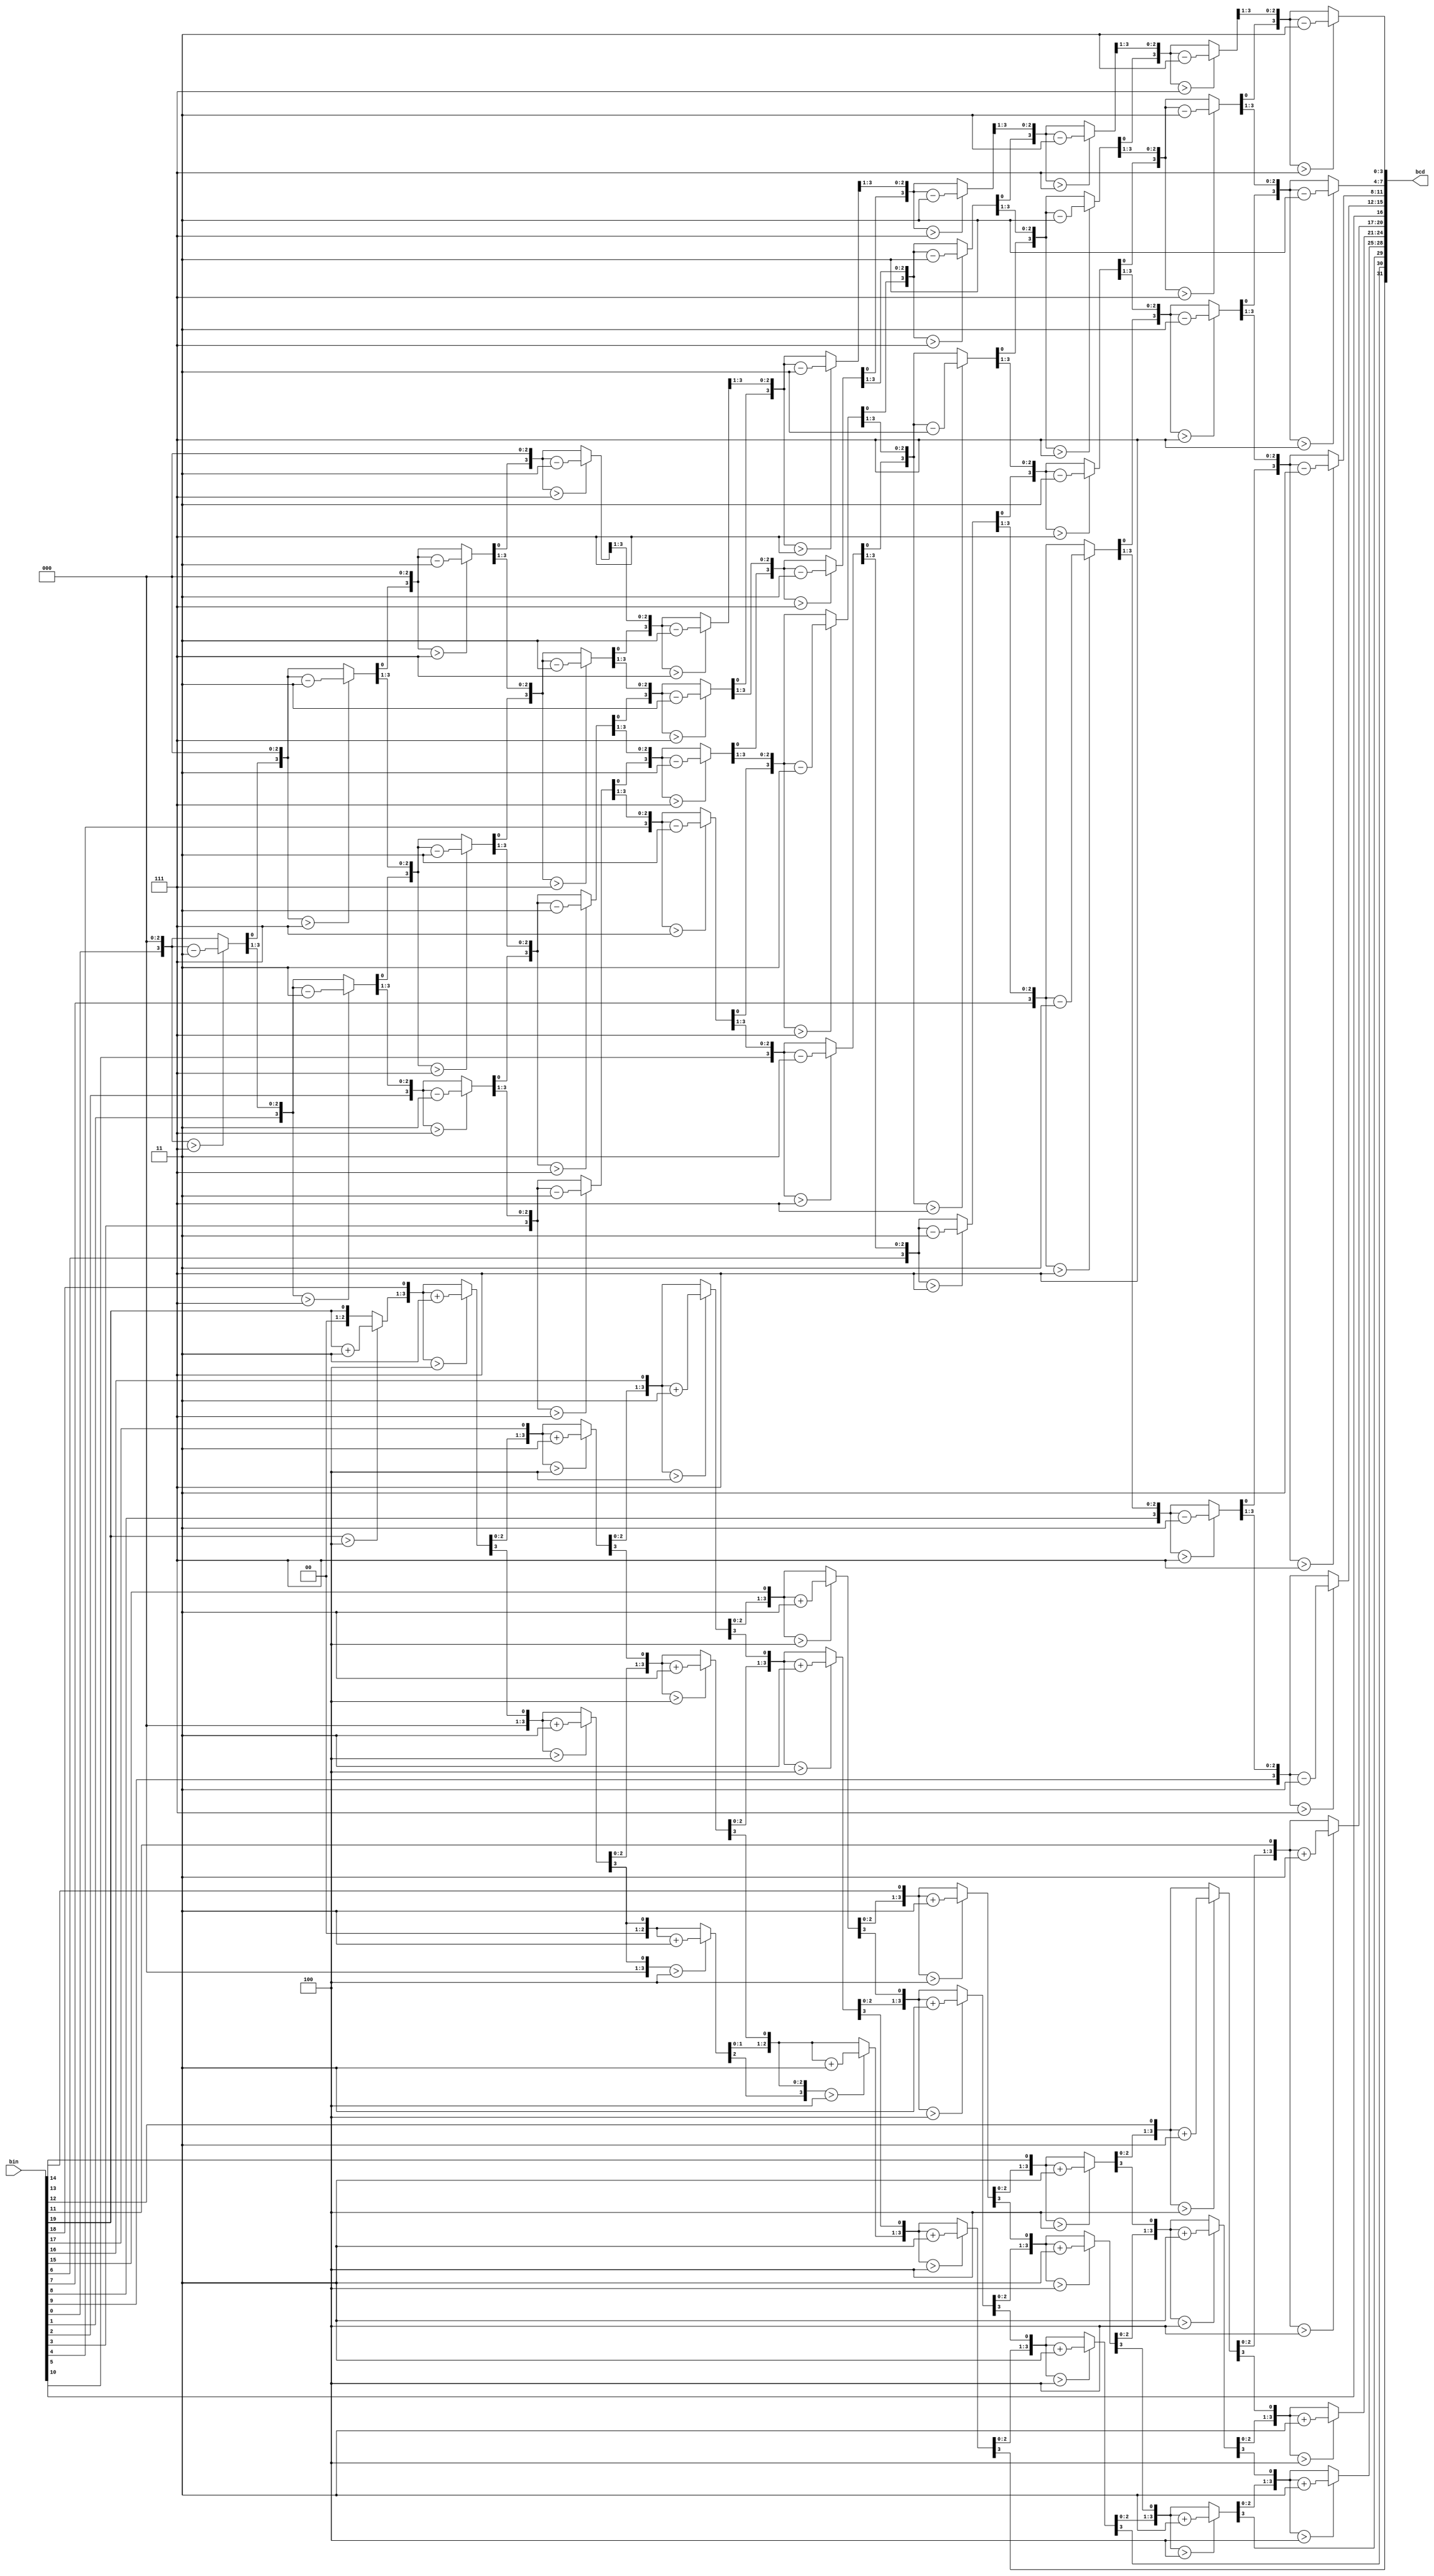
module Bin_Bcd(bin, bcd);
input    [19:0] bin;
output reg [31:0] bcd;
integer i;
reg [19:0] binsave;

always@(bin)begin
	binsave = bin;
	bcd = 0;
	for(i=0;i<10;i=i+1)begin
		
		if(bcd[19:16]>4) bcd[19:16] =  bcd[19:16] +3;
		if(bcd[23:20]>4) bcd[23:20] =  bcd[23:20] +3;
		if(bcd[27:24]>4) bcd[27:24] =  bcd[27:24] +3;
		{bcd[31:16], binsave[19:10]} = {bcd[31:16], binsave[19:10]}<<1;
		
		
		{binsave[9:0],bcd[15:0]} = {binsave[9:0],bcd[15:0]}>>1;
		if(bcd[3:0]>7) bcd[3:0]= bcd[3:0] -3;
		if(bcd[7:4]>7) bcd[7:4]= bcd[7:4] -3;
		if(bcd[11:8]>7) bcd[11:8]= bcd[11:8] -3;
		if(bcd[15:12]>7) bcd[15:12]= bcd[15:12] -3;
	end
	
	
end


endmodule